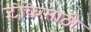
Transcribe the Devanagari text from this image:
टीकेसाठी